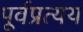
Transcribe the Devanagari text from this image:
पूर्वप्रत्यय